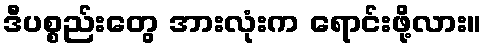
ဒီပစ္စည်းတွေ အားလုံးက ရောင်းဖို့လား။